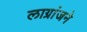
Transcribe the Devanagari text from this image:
लाग्रांजने